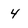
Character: 4